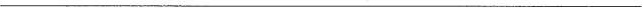
___